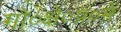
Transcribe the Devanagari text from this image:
गो०क्षे०प्र०में